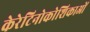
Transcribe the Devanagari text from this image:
केरेटिनोकोशिकाओं